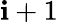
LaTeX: \mathbf{i}+1